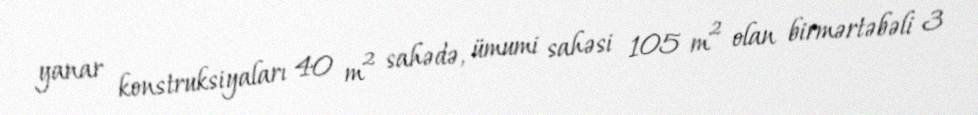
yanar konstruksiyaları 40 m² sahədə, ümumi sahəsi 105 m² olan birmərtəbəli 3